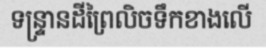
ទន្ទ្រានដីព្រៃលិចទឹកខាងលើ